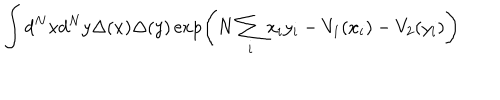
\int d ^ { N } x d ^ { N } y \Delta ( x ) \Delta ( y ) \exp \left( N \sum _ { i } x _ { i } y _ { i } - V _ { 1 } ( x _ { i } ) - V _ { 2 } ( y _ { i } ) \right)